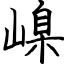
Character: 嵲